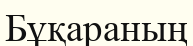
Бұқараның